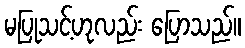
မပြုသင့်ဟုလည်း ပြောသည်။